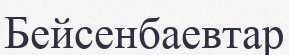
Бейсенбаевтар